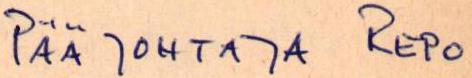
PÄÄJOHTAJA REPO